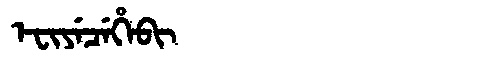
Manchu: ᡝᠸᡳᠶᡝᠴᡝᡥᡝᠪᡳ
Romanization: EFIYECEHEBI